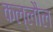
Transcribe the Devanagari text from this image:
कल्लौल